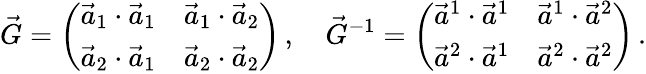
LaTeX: \vec{G}=\left(\begin{array}{ll}{\vec{a}_{1}\cdot\vec{a}_{1}}&{\vec{a}_{1}\cdot\vec{a}_{2}}\\ {\vec{a}_{2}\cdot\vec{a}_{1}}&{\vec{a}_{2}\cdot\vec{a}_{2}}\end{array}\right)\, ,\quad\vec{G}^{-1}=\left(\begin{array}{ll}{\vec{a}^{1}\cdot\vec{a}^{1}}&{\vec{a}^{1}\cdot\vec{a}^{2}}\\ {\vec{a}^{2}\cdot\vec{a}^{1}}&{\vec{a}^{2}\cdot\vec{a}^{2}}\end{array}\right)\, .